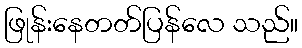
ဖြုန်းနေတတ်ပြန်လေ သည်။